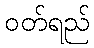
ဝတ်ရည်